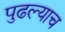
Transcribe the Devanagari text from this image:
पुढल्याच